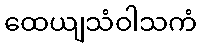
ထေယျသံဝါသကံ